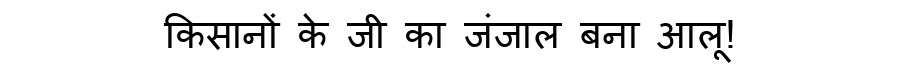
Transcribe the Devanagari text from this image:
किसानों के जी का जंजाल बना आलू!